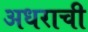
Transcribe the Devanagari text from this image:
अधराची